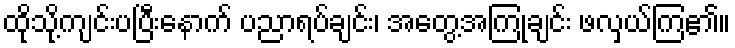
ထိုသို့ကျင်းပပြီးနောက် ပညာရပ်ချင်း၊ အတွေ့အကြုံချင်း ဖလှယ်ကြ၏။